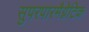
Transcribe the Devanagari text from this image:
सुपरपारमैग्नेटिक